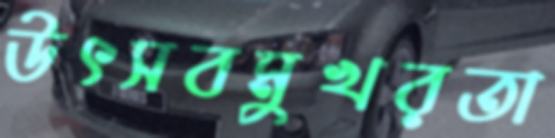
উৎসবমুখরতা